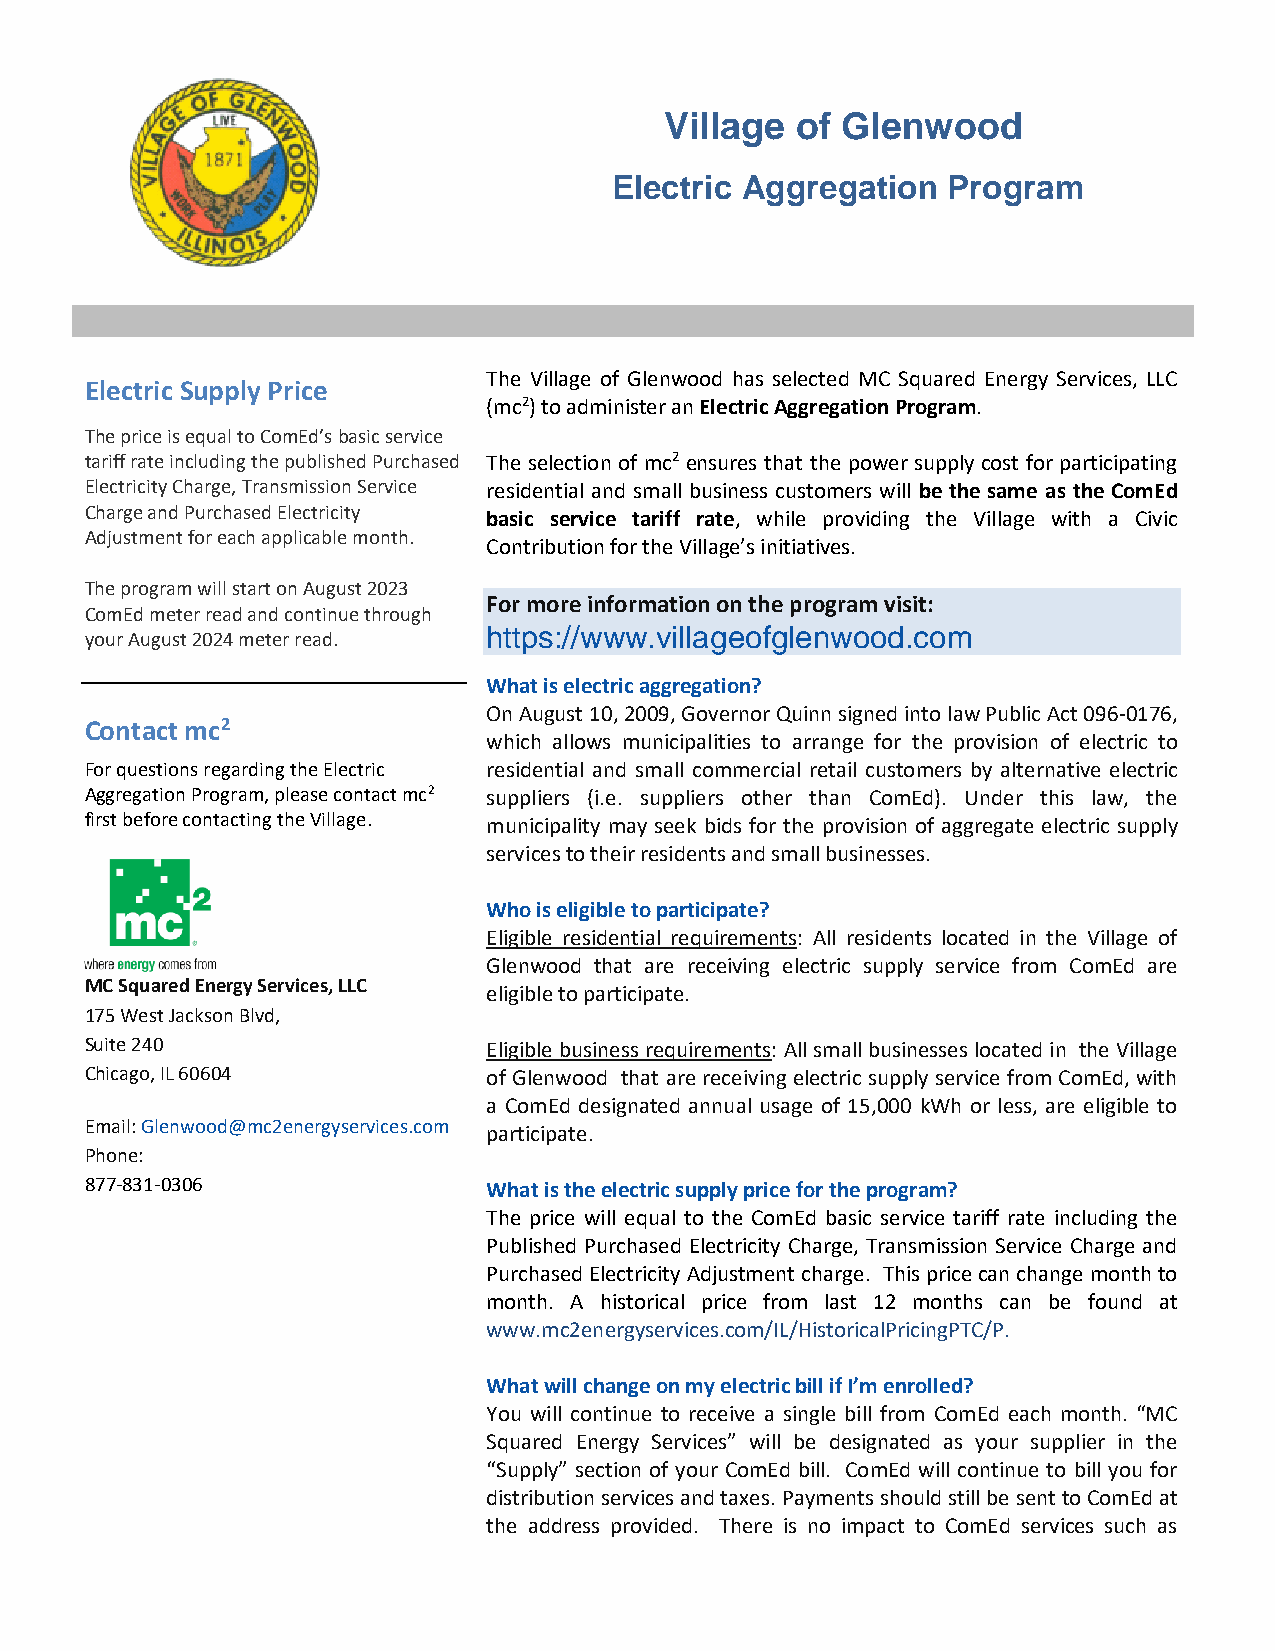
Village  of Glenwood
 Electric Aggregation  Program
 The Village of Glenwood has selected MC Squared Energy Services, LLC
 Electric Supply Price
 (mc2) to administer an Electric Aggregation Program.
 The price is equal to ComEd’s basic service
 tariff rate including the published Purchased The selection of mc2 ensures that the power supply cost for participating
 Electricity Charge, Transmission Service residential and small business customers will be the same as the ComEd
 Charge and Purchased Electricity basic service tariff rate, while providing the Village with a Civic
 Adjustment for each applicable month.
 Contribution for the Village’s initiatives.
 The program will start on August 2023
 For more information on the program visit:
 ComEd meter read and continue through
 your August 2024 meter read.
 https://www.villageofglenwood.com
 What is electric aggregation?
 On August 10, 2009, Governor Quinn signed into law Public Act 096-0176,
 Contact mc2
 which allows municipalities to arrange for the provision of electric to
 For questions regarding the Electric residential and small commercial retail customers by alternative electric
 Aggregation Program, please contact mc2 suppliers (i.e. suppliers other than ComEd). Under this law, the
 first before contacting the Village. municipality may seek bids for the provision of aggregate electric supply
 services to their residents and small businesses.
 Who is eligible to participate?
 Eligible residential requirements: All residents located in the Village of
 Glenwood that are receiving electric supply service from ComEd are
 MC Squared Energy Services, LLC
 eligible to participate.
 175 West Jackson Blvd,
 Suite 240                 Eligible business requirements: All small businesses located in the Village
 Chicago, IL 60604         of Glenwood that are receiving electric supply service from ComEd, with
 a ComEd designated annual usage of 15,000 kWh or less, are eligible to
 Email: Glenwood@mc2energyservices.com participate.
 Phone:
 877-831-0306              What is the electric supply price for the program?
 The price will equal to the ComEd basic service tariff rate including the
 Published Purchased Electricity Charge, Transmission Service Charge and
 Purchased Electricity Adjustment charge. This price can change month to
 month. A historical price from last 12 months can be found at
 www.mc2energyservices.com/IL/HistoricalPricingPTC/P.
 What will change on my electric bill if I’m enrolled?
 You will continue to receive a single bill from ComEd each month. “MC
 Squared Energy Services” will be designated as your supplier in the
 “Supply” section of your ComEd bill. ComEd will continue to bill you for
 distribution services and taxes. Payments should still be sent to ComEd at
 the address provided. There is no impact to ComEd services such as